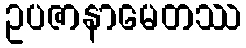
ဥပဇာနာမေတဿ